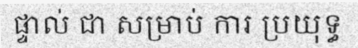
ផ្ទាល់ ជា សម្រាប់ ការ ប្រយុទ្ធ